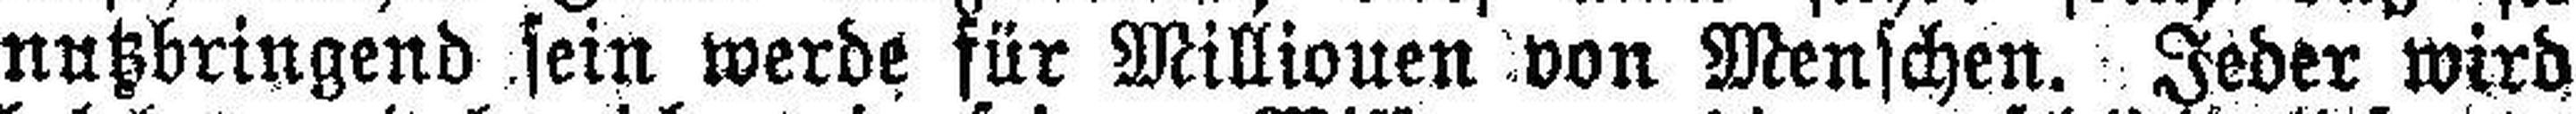
nutzbringend sein werde für Millionen von Menschen. Jeder wird